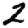
Digit: 2